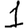
Digit: 1